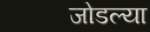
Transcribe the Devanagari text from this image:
जोडल्‍या